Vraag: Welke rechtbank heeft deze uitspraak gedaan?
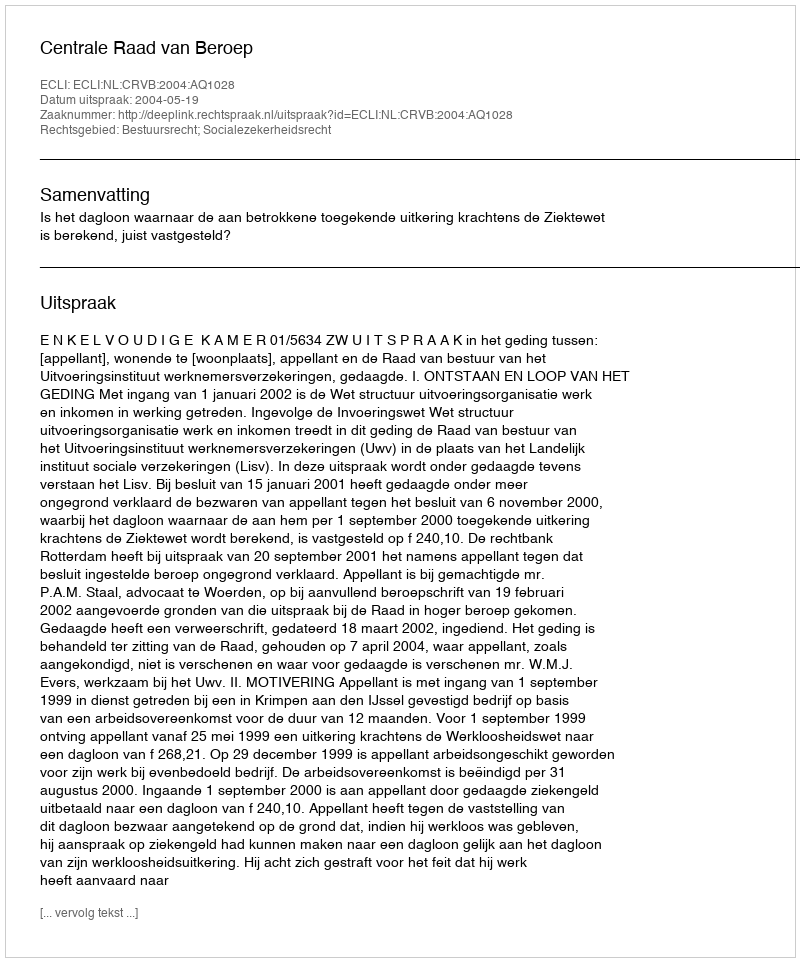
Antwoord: Centrale Raad van Beroep